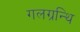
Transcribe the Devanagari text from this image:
गलग्रन्थि